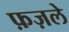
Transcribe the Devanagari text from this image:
फ़ज़ले